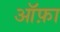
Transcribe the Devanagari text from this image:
ऑफ़ा